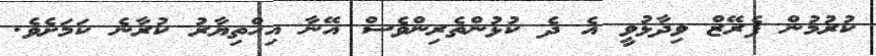
ކުރުމުން ޕެރޭޒް ވިދާޅުވީ އެ ދެ ކުޅުންތެރިންވެސް އޭނާ އިހްތިޔާރު ކުރާނެ ކަމަށެވެ.